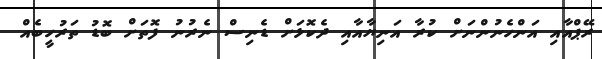
ރޭޕްއާއި އަންހެނުންނަށް ކުރާ އަނިޔާއާއި ދެކޮޅަށް ޑެނިސް ނެރުނު ފޮތަށް ބޮޑު ތަރުހީބެއް